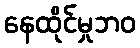
နေထိုင်မှုဘဝ